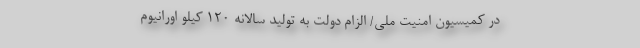
در کمیسیون امنیت ملی/ الزام دولت به تولید سالانه 120 کیلو اورانیوم